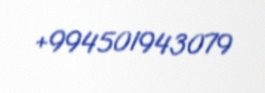
+994501943079